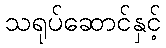
သရုပ်ဆောင်နှင့်